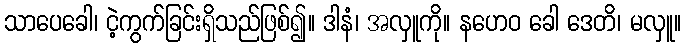
သာပေခေါ၊ ငဲ့ကွက်ခြင်းရှိသည်ဖြစ်၍။ ဒါနံ၊ အလှူကို။ နဟေဝ ခေါ ဒေတိ၊ မလှူ။